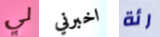
لي اخبرني رئة